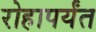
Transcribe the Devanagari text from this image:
रोहापर्यंत